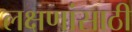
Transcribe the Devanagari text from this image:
लक्षणांसाठी